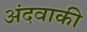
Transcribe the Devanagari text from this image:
अंदवाकी